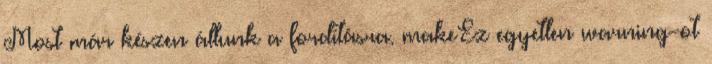
Most már készen állunk a fordításra. makeEz egyetlen warning-ot